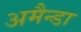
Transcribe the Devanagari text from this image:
अमैन्डा